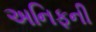
અનિફની